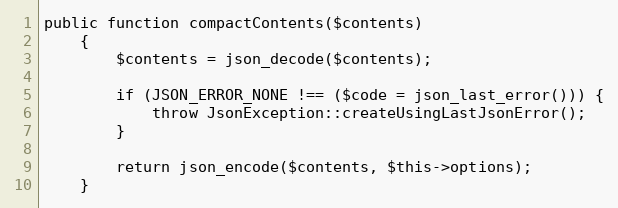
Language: PHP
public function compactContents($contents)
    {
        $contents = json_decode($contents);

        if (JSON_ERROR_NONE !== ($code = json_last_error())) {
            throw JsonException::createUsingLastJsonError();
        }

        return json_encode($contents, $this->options);
    }